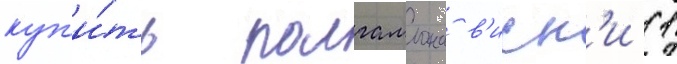
куп'и́ть полгаллона в'иск'и (1